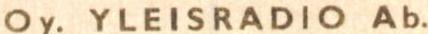
Oy.YLEISRADIO Ab.